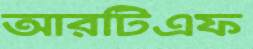
আরটিএফ